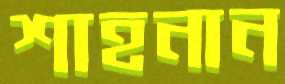
শাহনান